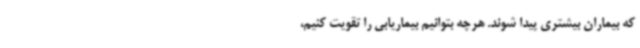
که بیماران بیشتری پیدا شوند. هرچه بتوانیم بیماریابی را تقویت کنیم،